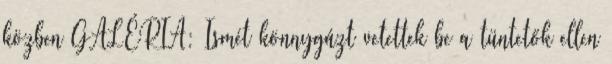
közben GALÉRIA: Ismét könnygázt vetettek be a tüntetők ellen